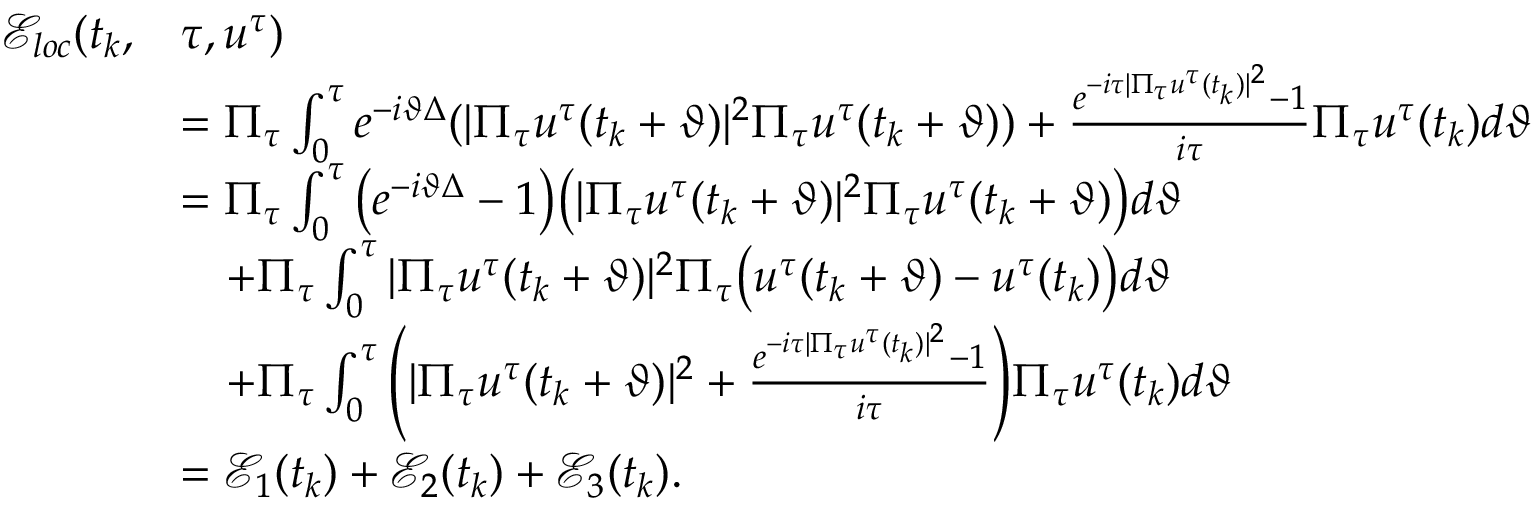
\begin{array} { r l } { \mathcal { E } _ { l o c } ( t _ { k } , } & { \tau , u ^ { \tau } ) } \\ & { = \Pi _ { \tau } \int _ { 0 } ^ { \tau } e ^ { - i \vartheta \Delta } ( | \Pi _ { \tau } u ^ { \tau } ( t _ { k } + \vartheta ) | ^ { 2 } \Pi _ { \tau } u ^ { \tau } ( t _ { k } + \vartheta ) ) + \frac { e ^ { - i \tau | \Pi _ { \tau } u ^ { \tau } ( t _ { k } ) | ^ { 2 } } - 1 } { i \tau } \Pi _ { \tau } u ^ { \tau } ( t _ { k } ) d \vartheta } \\ & { = \Pi _ { \tau } \int _ { 0 } ^ { \tau } \big ( e ^ { - i \vartheta \Delta } - 1 \big ) \big ( | \Pi _ { \tau } u ^ { \tau } ( t _ { k } + \vartheta ) | ^ { 2 } \Pi _ { \tau } u ^ { \tau } ( t _ { k } + \vartheta ) \big ) d \vartheta } \\ & { \quad + \Pi _ { \tau } \int _ { 0 } ^ { \tau } | \Pi _ { \tau } u ^ { \tau } ( t _ { k } + \vartheta ) | ^ { 2 } \Pi _ { \tau } \big ( u ^ { \tau } ( t _ { k } + \vartheta ) - u ^ { \tau } ( t _ { k } ) \big ) d \vartheta } \\ & { \quad + \Pi _ { \tau } \int _ { 0 } ^ { \tau } \Bigg ( | \Pi _ { \tau } u ^ { \tau } ( t _ { k } + \vartheta ) | ^ { 2 } + \frac { e ^ { - i \tau | \Pi _ { \tau } u ^ { \tau } ( t _ { k } ) | ^ { 2 } } - 1 } { i \tau } \Bigg ) \Pi _ { \tau } u ^ { \tau } ( t _ { k } ) d \vartheta } \\ & { = \mathcal { E } _ { 1 } ( t _ { k } ) + \mathcal { E } _ { 2 } ( t _ { k } ) + \mathcal { E } _ { 3 } ( t _ { k } ) . } \end{array}